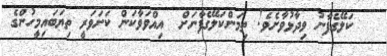
ކަލޭގެފާނު ވިދާޅުވާށެވެ! ތިމަންކަލޭގެފާނަށް  އިއްވަވާކަން ކަށަވަރީ ތިޔަބައިމީހުންގެ